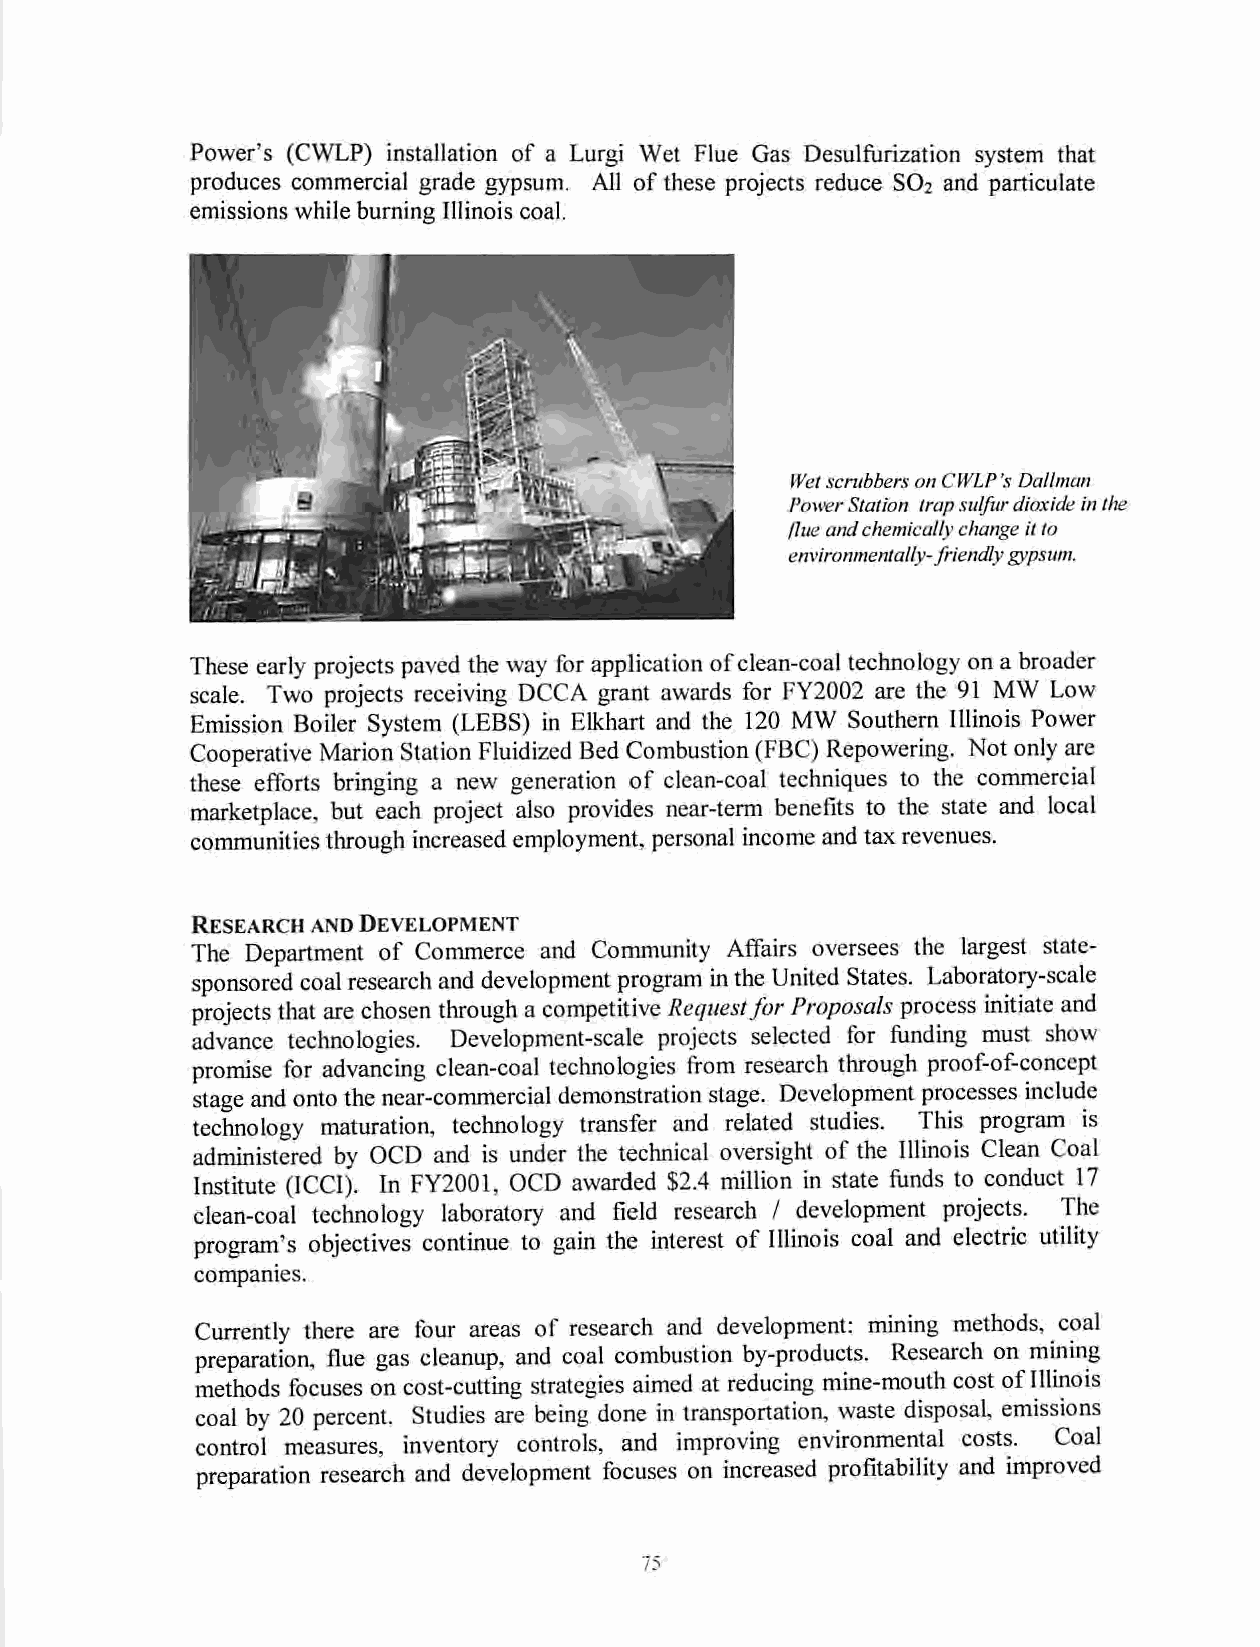
Power's (CWLP) installation of a Lurgi Wet Flue Gas Desulfurization system that
 produces commercial grade gypsum. All of these projects reduce SO2 and particulate
 emissions while burning Illinois coal.
 WetscrubbersonCWLP's DalIman
 PowerStation trapsulfurdioxideinthe
 flueandchemicallychange itto
 environmentally-friendlygypsum.
 These early projects paved theway for application ofclean-coal technology ona broader
 scale. Two projects receiving DCCA grant awards for FY2002 are the 91 MW Low
 Emission Boiler System (LEBS) in Elkhart and the 120 MW Southern Illinois Power
 Cooperative Marion Station Fluidized Bed Combustion (FBC) Repowering. Not only are
 these efforts bringing a new generation of clean-coal techniques to the commercial
 marketplace, but each project also provides near-term benefits to the state and local
 communities through increased employment, personal income and taxrevenues.
 Research and Development
 The Department of Commerce and Community Affairs oversees the largest state-
 sponsored coal research and development program in the United States. Laboratory-scale
 projects that are chosen through acompetitive Requestfor Proposals process initiate and
 advance technologies. Development-scale projects selected for funding must show
 promise for advancing clean-coal technologies from research through proof-of-conccpt
 stage and onto the near-commercial demonstration stage. Development processes include
 technology maturation, technology transfer and related studies. This program is
 administered by OCD and is under the technical oversight ofthe Illinois Clean Coal
 Institute (ICCI). In FY2001, OCD awarded $2.4 million in state funds to conduct 17
 clean-coal technology laboratory and field research / development projects. The
 program's objectives continue to gain the interest ofIllinois coal and electric utility
 companies.
 Currently there are four areas of research and development: mining methods, coal
 preparation, flue gas cleanup, and coal combustion by-products. Research on mining
 methods focuses on cost-cutting strategies aimed at reducing mine-mouth cost ofIllinois
 coal by 20 percent. Studies are being done in transportation, waste disposal, emissions
 control measures, inventory controls, and improving environmental costs. Coal
 preparation research and development focuses on increased profitability and improved
 75